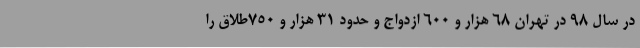
در سال 98 در تهران 68 هزار و 600 ازدواج و حدود 31 هزار و 750طلاق را